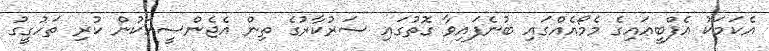
އެކަމަކު އެފްބީއައިގެ މެމޯއެއްގައި ބުނެފައިވާ ގޮތުގައި ސަރުކާރުގެ ތިން އެޖެންސީއަކުން ކުރި ތަހުގީގު